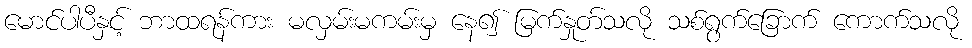
မောင်ပါပီနှင့် ဘာထရန်ကား မလှမ်းမကမ်းမှ နေ၍ မြက်နှုတ်သလို သစ်ရွက်ခြောက် ကောက်သလို